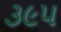
૩૯૫